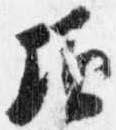
頃